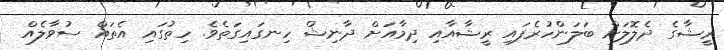
ރީޝާގެ ދެލޮލަށް ބަލަންހުރެފައިި ރީޝާއާއި ދިމާއަށް ދާނިޝް ހިނގައިގަތެވެ. ހިތުގައި އެތައް ސުވާލެއް